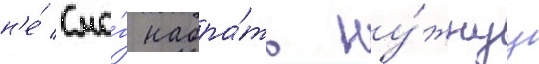
н'е́ смо́г набра́ть ну́жнуу